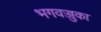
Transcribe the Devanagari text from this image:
भगवज्जुका